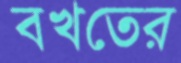
বখতের